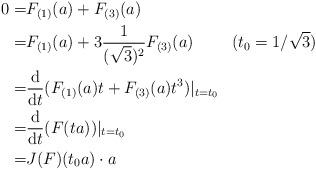
LaTeX: \begin{align*} 0=& F_{(1)}(a)+F_{(3)}(a)\\ =& F_{(1)}(a)+3\frac{1}{(\sqrt{3})^{2}}F_{(3)}(a)~~~~~~~(t_{0}=1/\sqrt{3})\\ =& \frac{\mathrm{d}}{\mathrm{d}t}(F_{(1)}(a)t+ F_{(3)}(a)t^{3})|_{t=t_{0}}\\ =& \frac{\mathrm{d}}{\mathrm{d}t}(F(ta))|_{t=t_{0}}\\ =& J(F)(t_{0}a)\cdot a \end{align*}